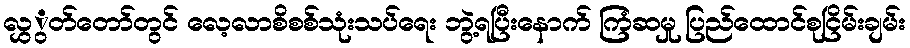
လွှွတ်တော်တွင် လေ့လာစိစစ်သုံးသပ်ရေး ဘွဲ့ရပြီးနောက် ကြံဆမှု ပြည်ထောင်စုငြိမ်းချမ်း